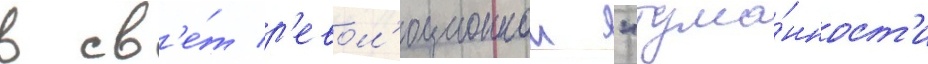
в св'е́т р'евол'юционнои "тума́нност'и